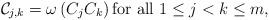
LaTeX: \begin{align*}\mathcal{C}_{j,k} = \omega \left(C_j C_k \right) \mbox{for all } 1 \leq j<k \leq m,\end{align*}